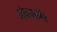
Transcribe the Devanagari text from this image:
ओवरकरेंट